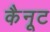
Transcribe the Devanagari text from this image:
कैनूट